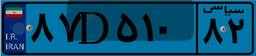
۴۹D۰۲۶۹۰